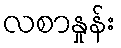
လစာနှုန်း